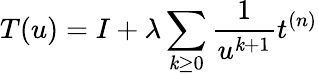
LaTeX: T(u)=I+\lambda\sum_{\mathit{k}\geq0}\frac{{1}}{{u^{\mathit{k}+1}}}t^{(n)}